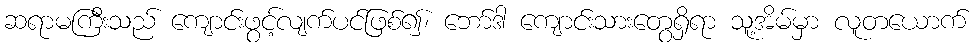
ဆရာမကြီးသည် ကျောင်းဖွင့်လျက်ပင်ဖြစ်၍၊ ဘော်ဒါ ကျောင်းသားတွေရှိရာ သူ့အိမ်မှာ လူတယောက်